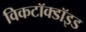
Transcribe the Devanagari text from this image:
विकटॉक्डॉइड